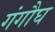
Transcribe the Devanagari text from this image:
गंगौघ